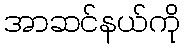
အာဆင်နယ်ကို